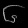
Digit: ၆